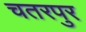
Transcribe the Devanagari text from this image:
चतरपुर